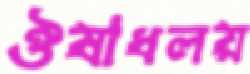
ঔষাধলয়